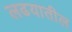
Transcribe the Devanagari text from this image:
लढयातील